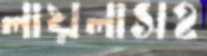
লায়লাসহ